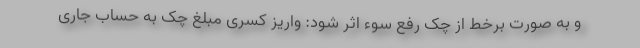
و به صورت برخط از چک رفع سوء اثر شود: واریز کسری مبلغ چک به حساب جاری